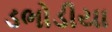
ડભોડીયા